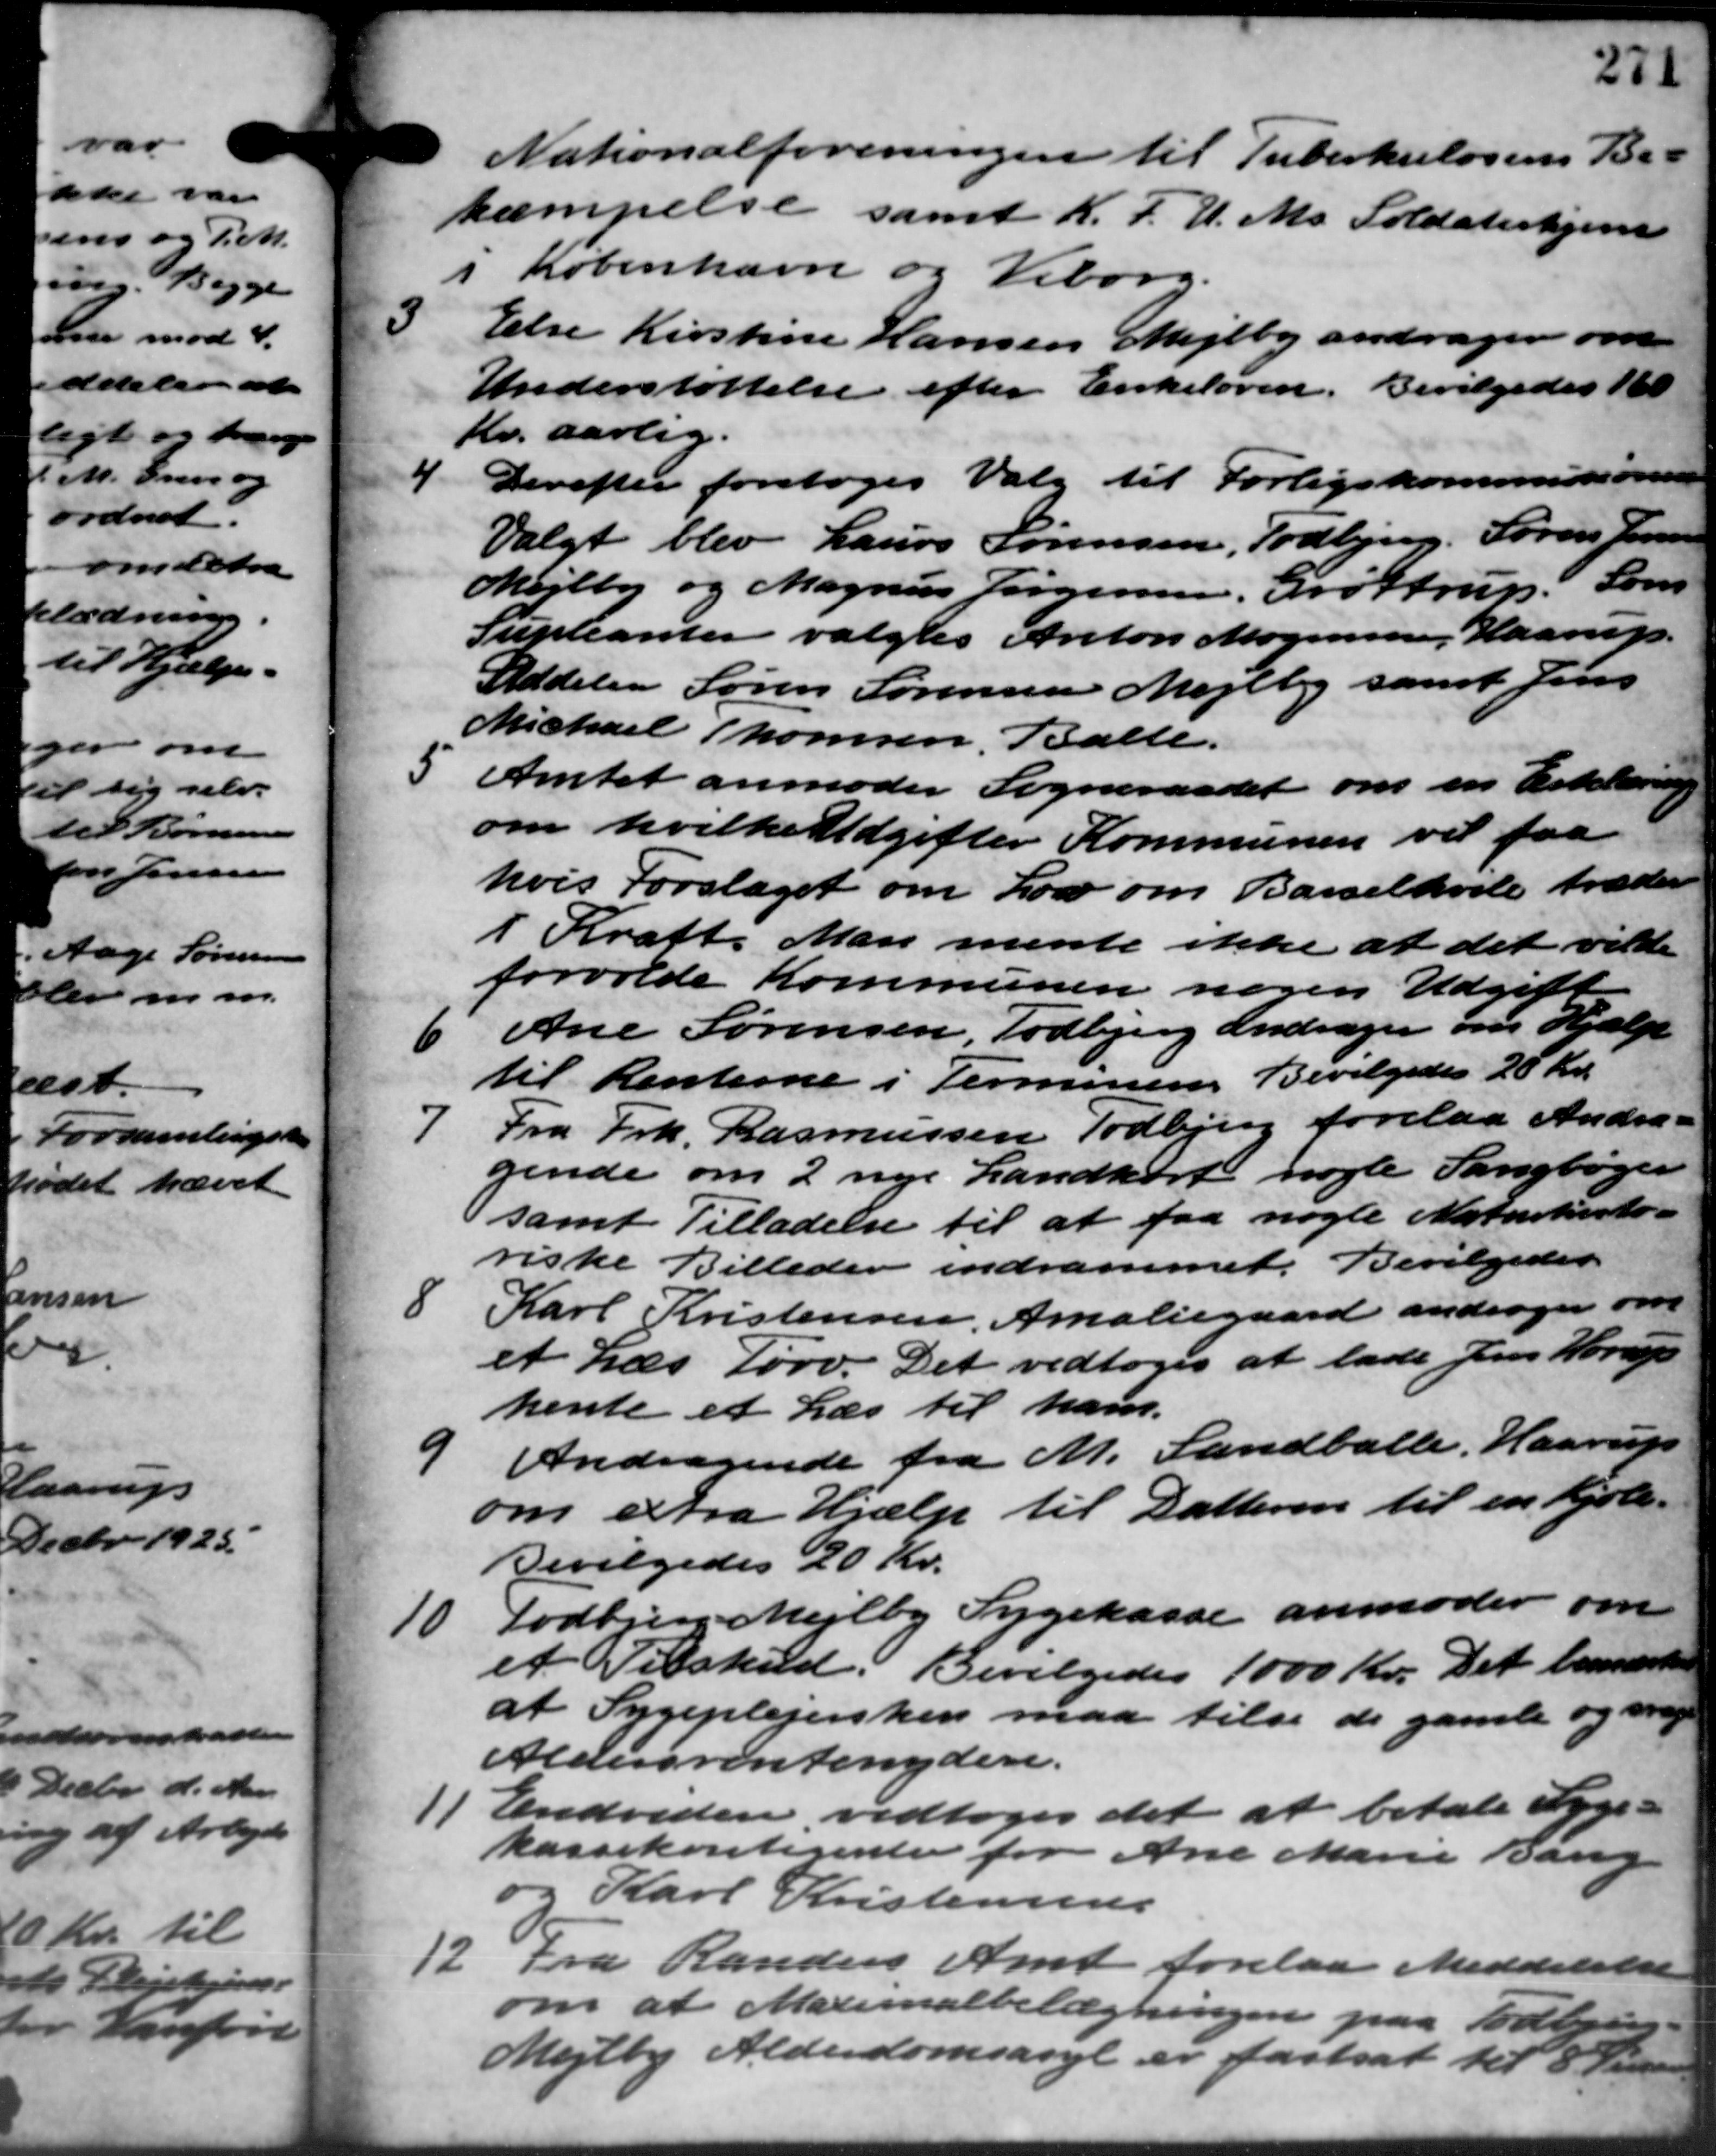
Transskription:
Nationalforeningen til Tuberkulosens B. -
kæmpelse samt K.F.U.Ms. Soldaterhjem
1 København og Viborg.
3
Else Kirstine Hansen Mejlby andrager om
Understøttelse efter Eikeloven. Bevilgedes 160
Kr. aarlig.
4
Derefter foretoges Valg til Forligskommissionen
Valgt blev Laurs Sørensen, Todbjerg, Søren Jensen
Mejlby og Magnus Jørgensen, Grøttrup: Søn
Supleanter valgtes Anton Mogensen, Haarup.
Sddeler Søren Sørensen Mejlby samt Jens
Michael Thomsen, Balle.
5
Amtet anmoder Sogneraadet om en Erklæring
om hvilke Udgifter Kommunen vil faa
hvis Forslaget om Lov om Barselhole træder
i Kraft. Man mente ikke at det vilde
forvolde Kommunen nogen Udgift
6
Ane Sørensen, Todbjerg andrager om Hjælp
til Renterne i Terminens Bevilgedes 20 Kr.

Fra Frk. Rasmussen Todbjerg forelaa Andra –
gende om 2 nye Landkort nogle Sangbøger
samt Tilladelse til at faa nogle Naturhisto-
riske Billeder indrammet. Bevilgedes
8
Karl Kristensen, Amaliegaard andrager om
et Læs Tørv. Det vedtoges at lade Jens Hørrup
hente et Læs til hans.
Andragende fra M. Sandballe. Haarup

om extra Hjælp til Datteren til en Kjole -
Bevilgedes 20 Kr.
10
Todbjerg Mejlby Sygekasse anmoder om
et Tilskud. Bevilgedes 1000 Kr. Det bemærke
at Sygeplejersken maa tilse de gamle og mege
Aldersrentenydere.
1
Endvidere vedtoges det at betale Syge-
kassekontigente for Ane Marie Bang
og Karl Kristensens
12
Fra Randers Amt forelaa Meddelelse
om at Maternalbelægningen paa Todbjerg
Mejlby Alderdomsasyl er fastsat til 8 Kr